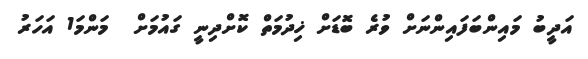
އަދީބު މައިންބަފައިންނަށް ވުރެ ބޮޑަށް ޚިދުމަތް ކޮށްދިނީ ގައުމަށް  މަންމަ1 އަހަރު